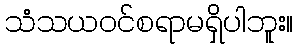
သံသယဝင်စရာမရှိပါဘူး။